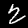
Digit: 2